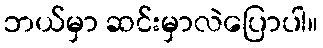
ဘယ်မှာ ဆင်းမှာလဲပြောပါ။